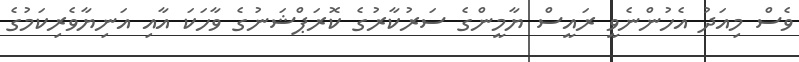
ވެސް މިއަދު އެހުންނެވީ ރައީސް ޔާމީންގެ ސަރުކާރުގެ ކޮރަޕްޝަނުގެ ވާހަކަ އާއި އަނިޔާވެރިކަމުގެ